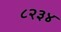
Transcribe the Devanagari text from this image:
८२३४